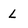
Character: L